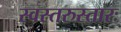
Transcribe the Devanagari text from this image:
स्वस्तरुस्तारः